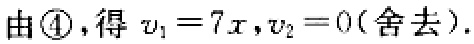
由\textcircled{4}, 得 \(v_{1}=7x,v_{2}=0\) (舍去).